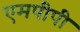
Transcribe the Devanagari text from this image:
एमपीपी